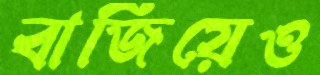
বাজিয়েও